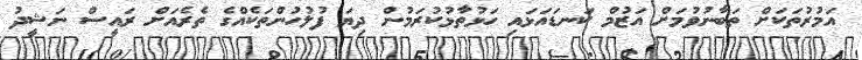
އަމުރުތަކަށް ތަބާނުވުމަށް އަޒުމް ކަނޑައަޅައި ހަޅުތާޅުކުރަމުން ދިޔަ ފުލުހުންތަކެއްގެ ތެރެއަށް ރައީސް ނަޝީދު